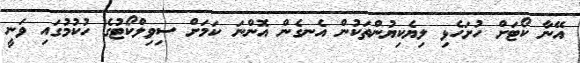
އޭނާ ކޯޓަށް ހުށަހެޅި ލިޔެކިޔުންތަކުން އެނގެން އޮންނަ ކަމަށް ސިވިލްކޯޓުގެ ހުކުމުގައި ވަނީ